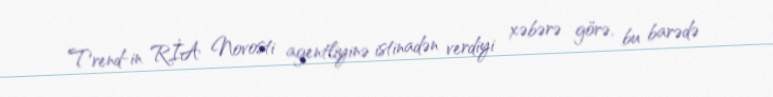
Trend-in RİA Novosti agentliyinə istinadən verdiyi xəbərə görə, bu barədə